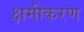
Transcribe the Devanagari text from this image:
क्षमीकरण